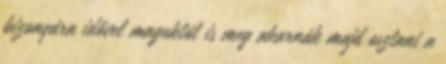
bizonyára idővel maguktól is meg akarnák majd osztani a